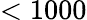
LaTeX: <1000